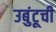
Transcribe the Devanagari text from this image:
उबुंटूची